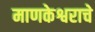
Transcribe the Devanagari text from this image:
माणकेश्वराचे